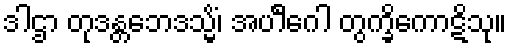
ဒါဌာ တုဒန္တဘေဒသ္မိံ၊ အပါင်္ဂေါ တွက္ခိကောဋိသု။